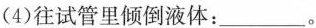
(4)往试管里倾倒液体：___。